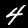
Digit: 4